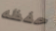
حفظه